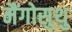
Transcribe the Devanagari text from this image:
मैंगोसुथु